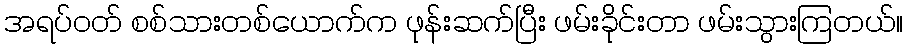
အရပ်ဝတ် စစ်သားတစ်ယောက်က ဖုန်းဆက်ပြီး ဖမ်းခိုင်းတာ ဖမ်းသွားကြတယ်။